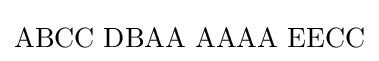
\mathrm {ABCC\,\,DBAA\,\,AAAA\,\,EECC}